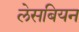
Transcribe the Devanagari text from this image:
लेसबियन